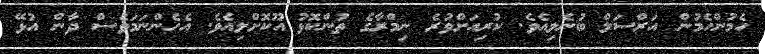
ހެމުންހެމުން އަރްސަލް ބުނެލިއެވެ. ކުރިއަށްވުރެ ނިމްރާގެ ތުންކޮޅު އޫކޮށްލިއެވެ. އެހެންނަމަވެސް ދާން އުޅޭ